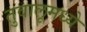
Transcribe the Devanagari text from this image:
तुवालूमध्ये